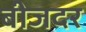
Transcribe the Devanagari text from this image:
बीजदर